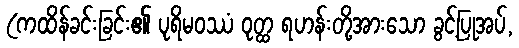
(ကထိန်ခင်းခြင်း၏ ပုရိမဝဿံ ဝုတ္ထ ရဟန်းတို့အားသော ခွင့်ပြုအပ်,